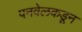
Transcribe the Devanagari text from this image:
पनवेलकडून